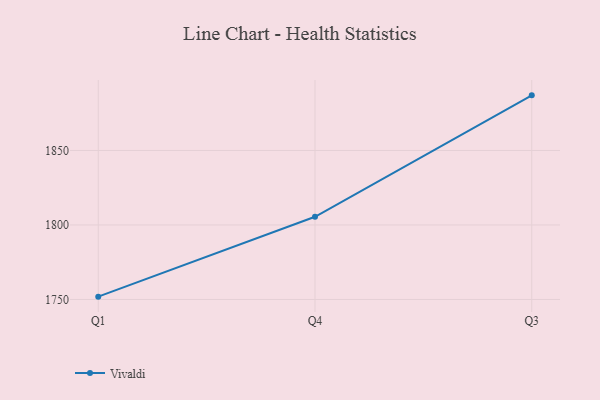
{"axis": {"x": "Quarter", "y": "Page Views"}, "legend": ["Vivaldi"], "data": [{"x": "Q1", "y": 1751.9, "type": "Vivaldi"}, {"x": "Q4", "y": 1805.5, "type": "Vivaldi"}, {"x": "Q3", "y": 1887.0, "type": "Vivaldi"}]}